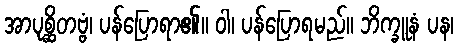
အာပုစ္ဆိတဗ္ဗံ၊ ပန်ပြောရာ၏။ ဝါ၊ ပန်ပြောရမည်။ ဘိက္ခူနံ ပန၊